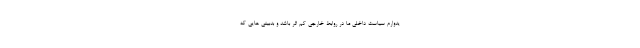
یدوارم سیاست داخلی ما در روابط خارجی کم اثر باشد و بدبینی هایی که